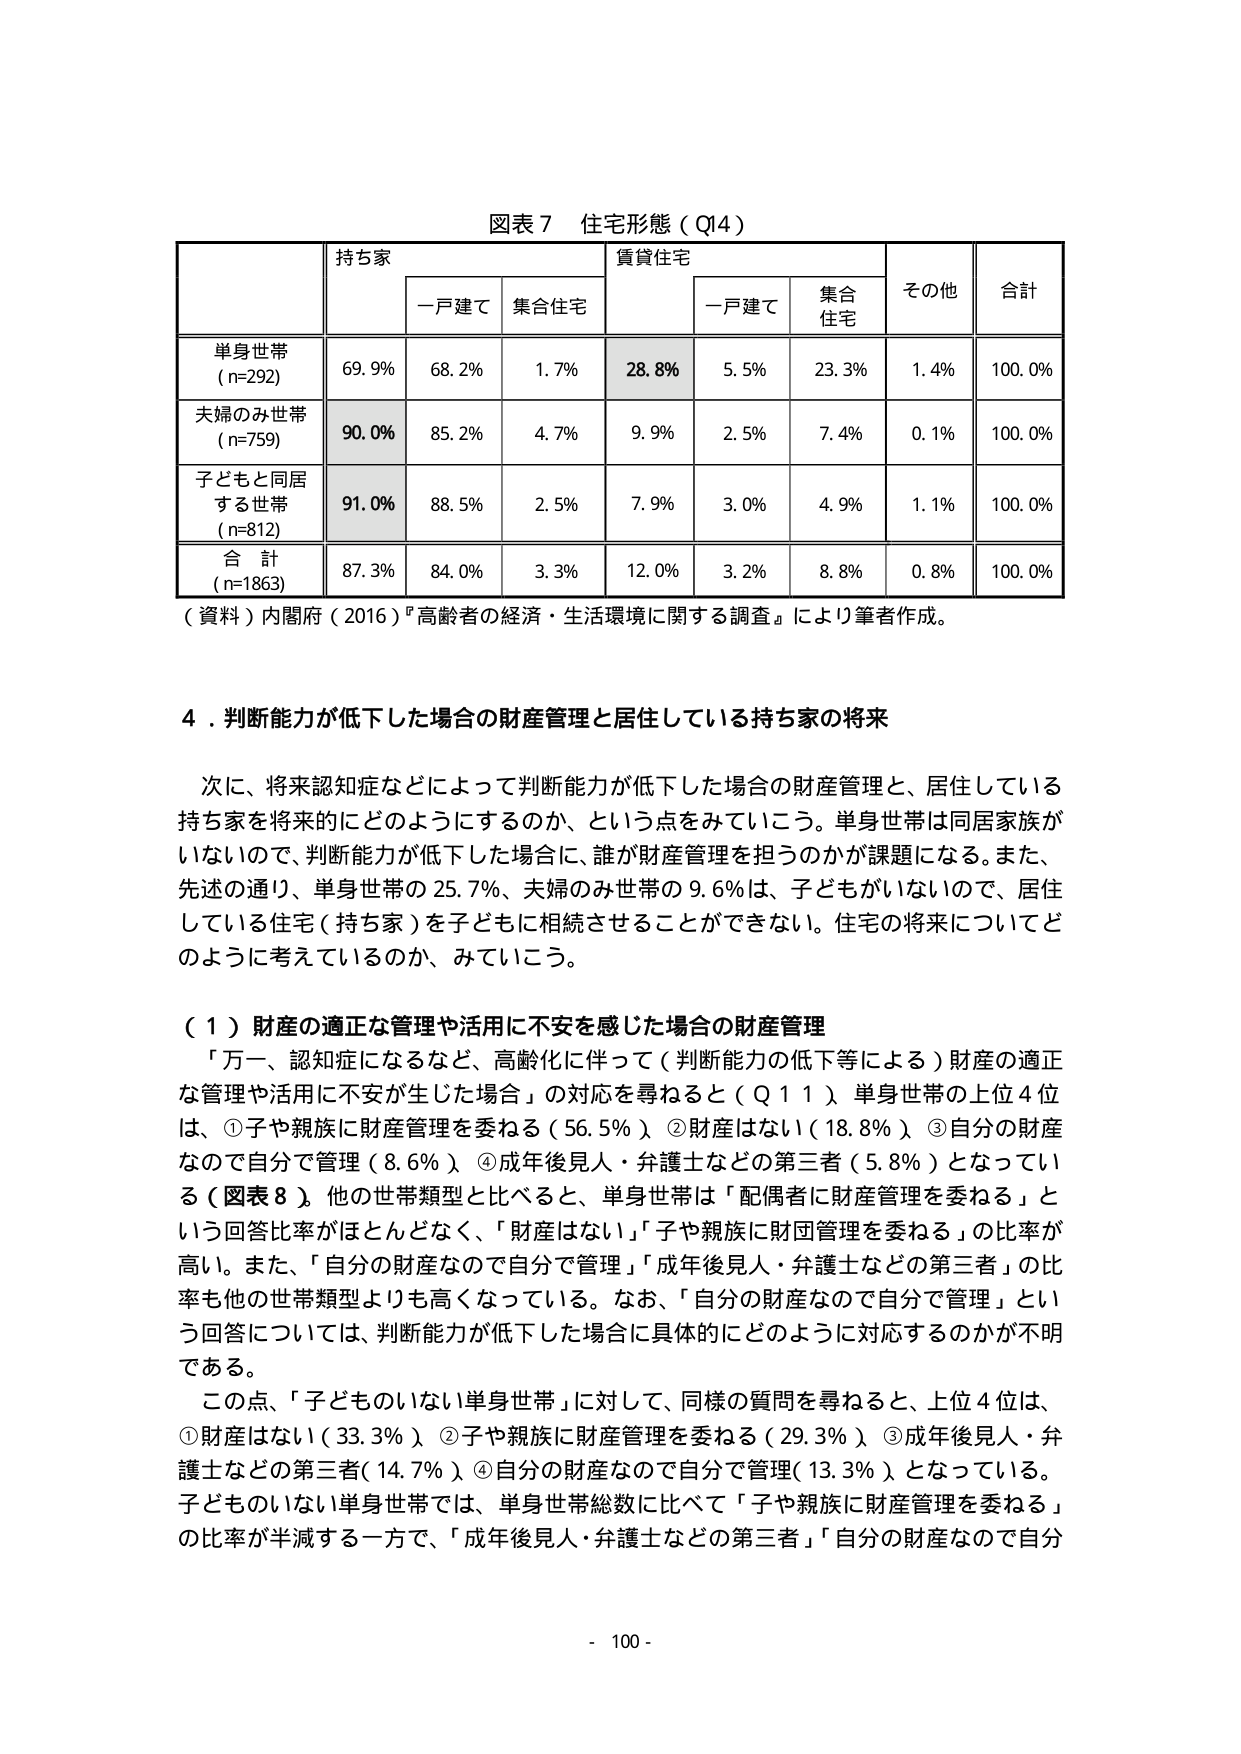
図表７ 住宅形態（Q4）

持ち家 賃貸住宅 その他 合計
　　一戸建て 集合住宅 　　一戸建て 集合住宅

単身世帯
（n=292） 69.9% 68.2% 1.7% 28.8% 5.5% 23.3% 1.4% 100.0%

夫婦のみ世帯
（n=759） 90.0% 85.2% 4.7% 9.9% 2.5% 7.4% 0.1% 100.0%

子どもと同居
する世帯
（n=812） 91.0% 88.5% 2.5% 7.9% 3.0% 4.9% 1.1% 100.0%

合 計
（n=1863） 87.3% 84.0% 3.3% 12.0% 3.2% 8.8% 0.8% 100.0%

（資料）内閣府（2016）『高齢者の経済・生活環境に関する調査』により筆者作成。

４．判断能力が低下した場合の財産管理と居住している持ち家の将来

次に、将来認知症などによって判断能力が低下した場合の財産管理と、居住している持ち家を将来的にどのようにするのか、という点をみていく。単身世帯は同居家族がいないので、判断能力が低下した場合に、誰が財産管理を担うのかが課題になる。また、先述の通り、単身世帯の25.7％、夫婦のみ世帯の9.6％は、子どもがいないので、居住している住宅（持ち家）を子どもに相続させることができない。住宅の将来についてどのように考えているのか、みていく。

（１）財産の適正な管理や活用に不安を感じた場合の財産管理

「万一、認知症になるなど、高齢化に伴って（判断能力の低下等による）財産の適正な管理や活用に不安が生じた場合」の対応を尋ねると（Q11）、単身世帯の上位4位は、①子や親族に財産管理を委ねる（56.5％）、②財産はない（18.8％）、③自分の財産なので自分で管理（8.6％）、④成年後見人・弁護士などの第三者（5.8％）となっている（図表8）。他の世帯類型と比べると、単身世帯は「配偶者に財産管理を委ねる」という回答比率がほとんどなく、「財産はない」「子や親族に財産管理を委ねる」の比率が高い。また、「自分の財産なので自分で管理」「成年後見人・弁護士などの第三者」の比率も他の世帯類型よりも高くなっている。なお、「自分の財産なので自分で管理」という回答については、判断能力が低下した場合に具体的にどのように対応するのかが不明である。

この点、「子どもいない単身世帯」に対して、同様の質問を尋ねると、上位4位は、①財産はない（33.3％）、②子や親族に財産管理を委ねる（29.3％）、③成年後見人・弁護士などの第三者（14.7％）、④自分の財産なので自分で管理（13.3％）となっている。子どもいない単身世帯では、単身世帯総数に比べて「子や親族に財産管理を委ねる」の比率が半減する一方で、「成年後見人・弁護士などの第三者」「自分の財産なので自分

- 100 -